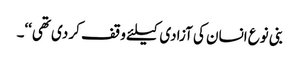
بنی نوع انسان کی آزادی کیلئے وقف کر دی تھی‘‘۔